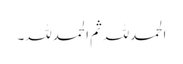
الحمدللہ ثم الحمدللہ۔